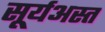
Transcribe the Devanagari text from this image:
सूर्यअस्त